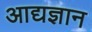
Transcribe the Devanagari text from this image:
आद्यज्ञान